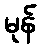
မုန်